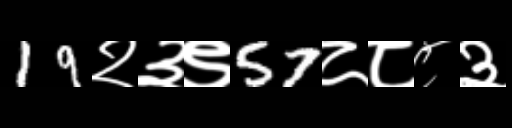
Text: 19२३९57८८८३